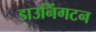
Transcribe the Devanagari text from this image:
डाउनिंगटन